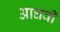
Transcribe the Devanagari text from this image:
आघवीं